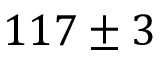
1 1 7 \pm 3